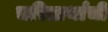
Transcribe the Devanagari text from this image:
चरितार्थाची